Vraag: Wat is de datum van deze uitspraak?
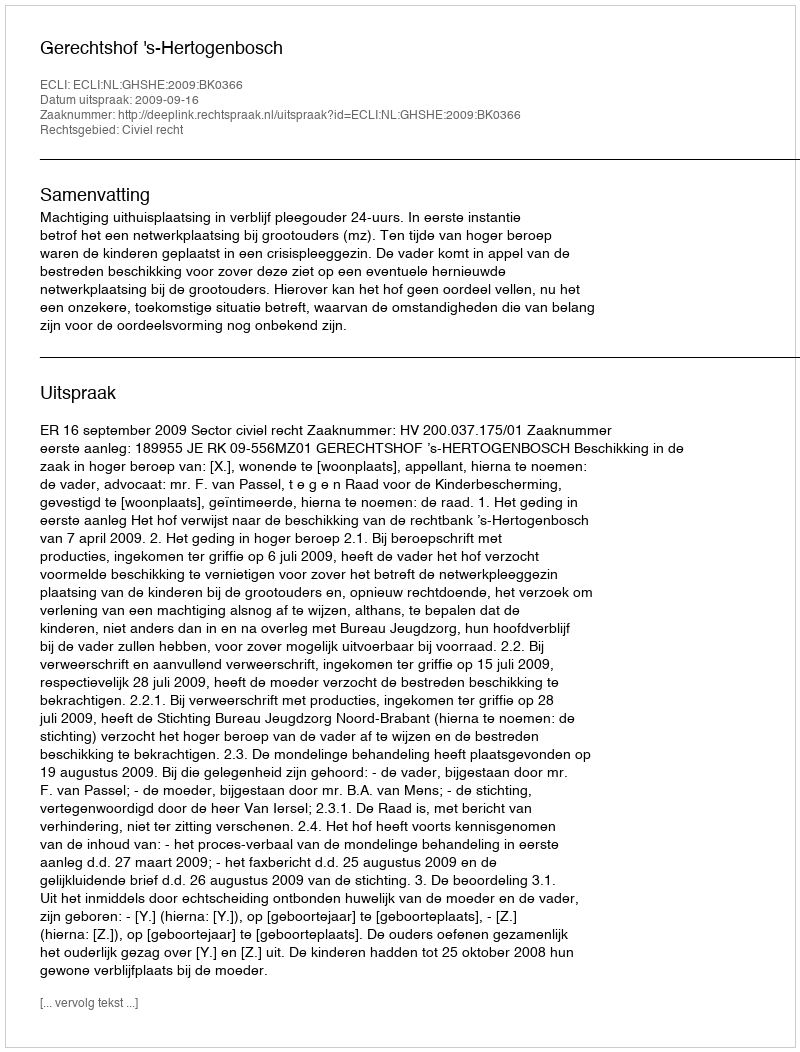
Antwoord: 2009-09-16